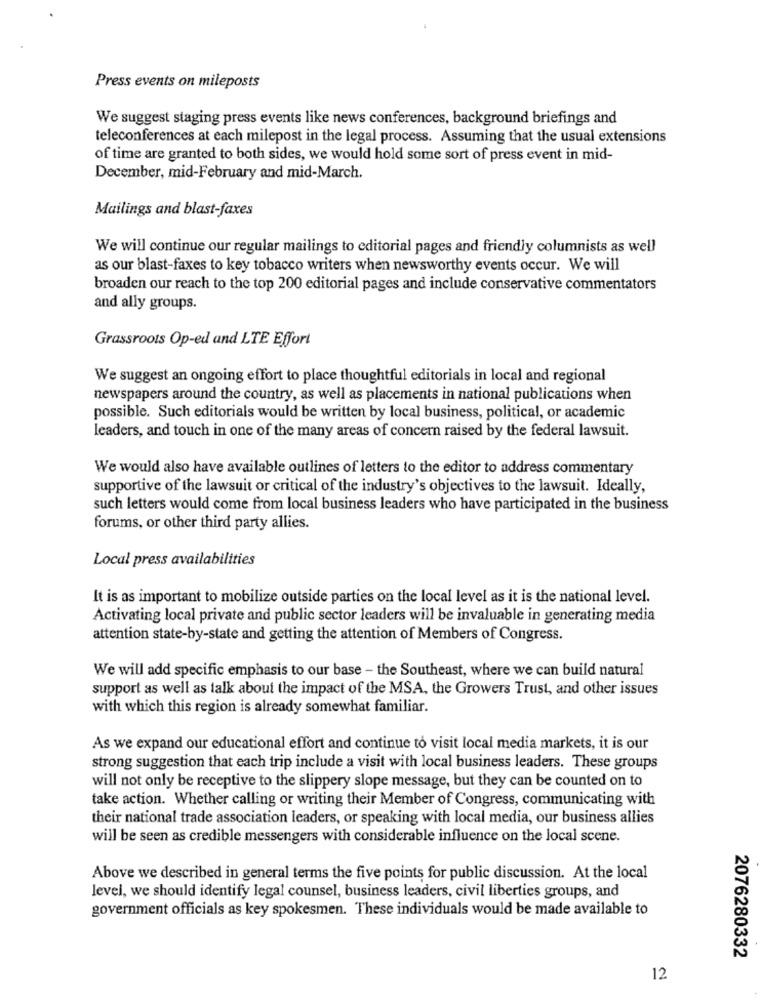
Press events on mileposts
We suggest staging press events like news conferences, background briefings and
teleconferences at each milepost in the legal process. Assuming that the usual extensions
of time are granted to both sides, we would hold some sort of press event in mid-
December, mid-February and mid-March.
Mailings and blast-faxes
We will continue our regular mailings to editorial pages and friendly columnists as well
as our blast-faxes to key tobacco writers when newsworthy events occur. We will
broaden our reach to the top 200 editorial pages and include conservative commentators
and ally groups.
Grassroots Op-ed and LTE Effort
We suggest an ongoing effort to place thoughtful editorials in local and regional
newspapers around the country, as well as placements in national publications when
possible. Such editorials would be written by local business, political, or academic
leaders, and touch in one of the many areas of concern raised by the federal lawsuit.
We would also have available outlines of letters to the editor to address commentary
supportive of the lawsuit or critical of the industry's objectives to the lawsuit. Ideally,
such letters would come from local business leaders who have participated in the business
forums, or other third party allies.
Local press availabilities
It is as important to mobilize outside parties on the local level as it is the national level.
Activating local private and public sector leaders will be invaluable in generating media
attention state-by-state and getting the attention of Members of Congress.
We will add specific emphasis to our base - the Southeast, where we can build natural
support as well as talk about the impact of the MSA, the Growers Trust, and other issues
with which this region is already somewhat familiar.
As we expand our educational effort and continue to visit local media markets, it is our
strong suggestion that each trip include a visit with local business leaders. These groups
will not only be receptive to the slippery slope message, but they can be counted on to
take action. Whether calling or writing their Member of Congress, communicating with
their national trade association leaders, or speaking with local media, our business allies
will be seen as credible messengers with considerable influence on the local scene.
Above we described in general terms the five points for public discussion. At the local
level, we should identify legal counsel, business leaders, civil liberties groups, and
government officials as key spokesmen. These individuals would be made available to
2076280332
12